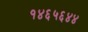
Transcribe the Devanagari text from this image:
१४६५६४४